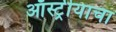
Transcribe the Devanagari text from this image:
ऑस्ट्रीयाचा